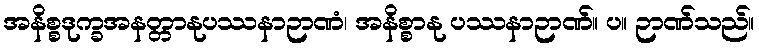
အနိစ္စဒုက္ခအနတ္တာနုပဿနာဉာဏံ၊ အနိစ္စာနု ပဿနာဉာဏ်။ ပ။ ဉာဏ်သည်။